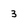
Character: 3